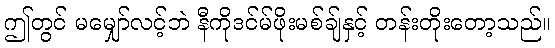
ဤတွင် မမျှော်လင့်ဘဲ နီကိုဒင်မ်ဖိုးမစ်ချ်နှင့် တန်းတိုးတော့သည်။